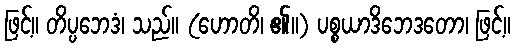
ဖြင့်။ တိပ္ပဘေဒံ၊ သည်။ (ဟောတိ၊ ၏။) ပစ္စယာဒိဘေဒတော၊ ဖြင့်။